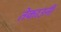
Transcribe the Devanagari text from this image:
तेकाउनीं